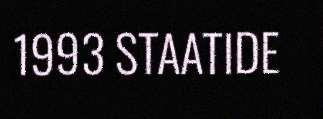
1993 STAATIDE